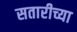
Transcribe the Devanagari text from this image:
सतारीच्या